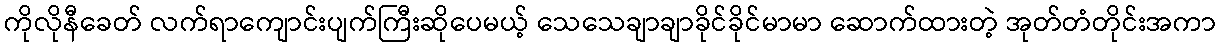
ကိုလိုနီခေတ် လက်ရာကျောင်းပျက်ကြီးဆိုပေမယ့် သေသေချာချာခိုင်ခိုင်မာမာ ဆောက်ထားတဲ့ အုတ်တံတိုင်းအကာ